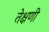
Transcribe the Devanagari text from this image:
तेक्षणी